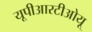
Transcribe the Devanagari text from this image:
यूपीआरटीओयू